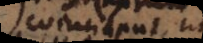
coincidant, ut